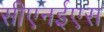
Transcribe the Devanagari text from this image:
सीएनईएस